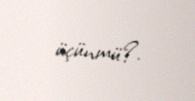
üçünmü?.